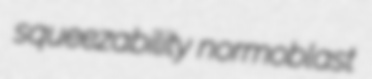
squeezability normoblast